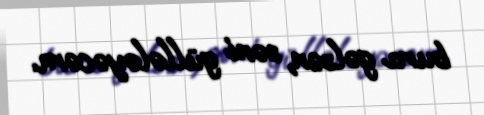
bura gəlsən, səni güllələyəcəm.